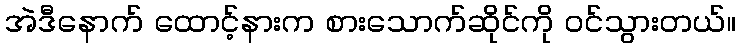
အဲဒီနောက် ထောင့်နားက စားသောက်ဆိုင်ကို ဝင်သွားတယ်။